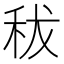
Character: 秡